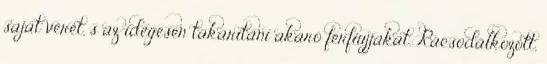
saját vérét, s az idegesen takarítani akaró férfiujjakat. Rácsodálkozott,